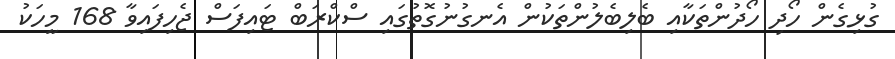
ގުޅިގެން ހޯދި ހޯދުންތަކާއި ބެލިބެލުންތަކުން އެނގުނުގޮތުގައި ސްކްރަބް ޓައިފަސް ޖެހިފައިވާ 168 މީހަކު